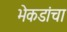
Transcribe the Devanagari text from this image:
भेकडांचा